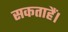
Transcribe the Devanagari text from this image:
सकताहैं।